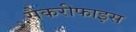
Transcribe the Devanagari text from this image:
सैकरीफाइस